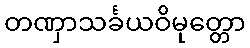
တဏှာသင်္ခယဝိမုတ္တော